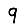
Digit: 9